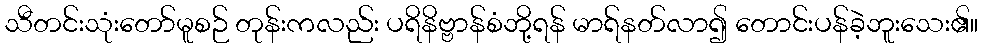
သီတင်းသုံးတော်မူစဉ် တုန်းကလည်း ပရိနိဗ္ဗာန်စံဘို့ရန် မာရ်နတ်လာ၍ တောင်းပန်ခဲ့ဘူးသေး၏။